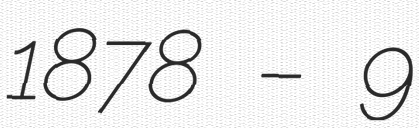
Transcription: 1878 – 9